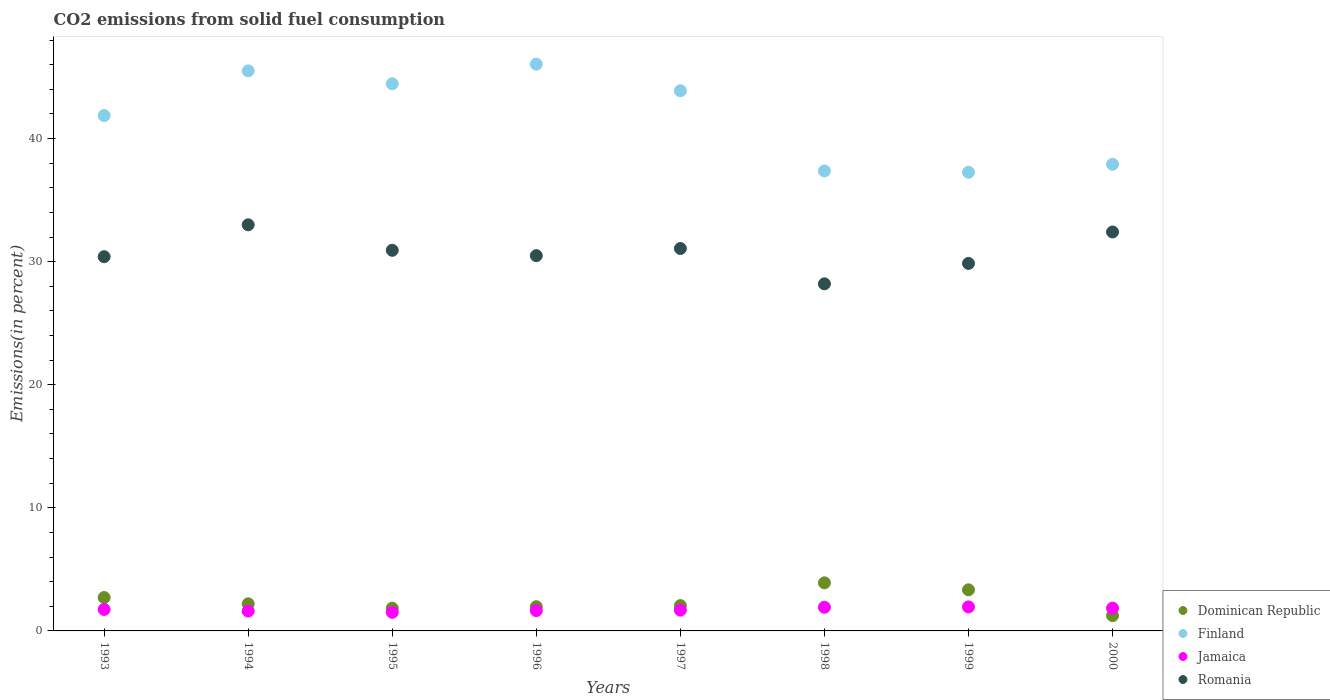
| Years | Dominican Republic | Finland | Jamaica | Romania |
 | --- | --- | --- | --- | --- |
 | 1993 | 2.71 | 41.9 | 1.74 | 30.4 |
 | 1994 | 2.2 | 45.5 | 1.61 | 33 |
 | 1995 | 1.85 | 44.5 | 1.51 | 30.9 |
 | 1996 | 1.97 | 46 | 1.65 | 30.5 |
 | 1997 | 2.06 | 43.9 | 1.69 | 31.1 |
 | 1998 | 3.91 | 37.4 | 1.92 | 28.2 |
 | 1999 | 3.34 | 37.3 | 1.95 | 29.9 |
 | 2000 | 1.24 | 37.9 | 1.85 | 32.4 |